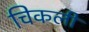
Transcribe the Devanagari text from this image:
चिकली